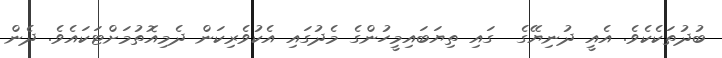
ބުދުތަކެކެވެ. އެއީ ދުނިޔޭގެ  ގައި ތިޔަބައިމީހުންގެ މެދުގައި އެކުވެރިކަން ދެމިއޮތުމަށްޓަކައެވެ. ދެން